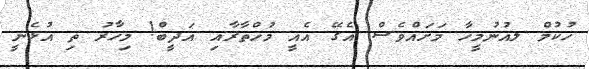
ހުކުމް ލއުނުމީހާ މަށައްވެސް އެގޭ އެއީ މުޚްތާރާއި އަދީބް! މިހާރު ތި އުޅެނީ